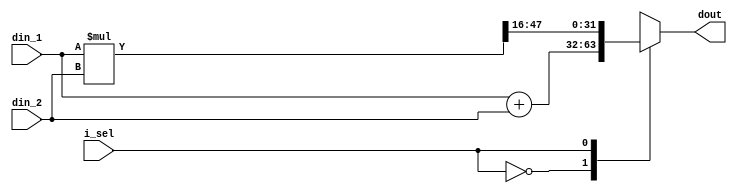
module fp_operator #(
    parameter DATA_WIDTH = 32, // Width of the input data
    parameter FRACTIONAL_BITS = 16 // Number of fractional bits in the fixed-point representation
)(
    input wire signed [DATA_WIDTH-1:0] din_1,
    input wire signed [DATA_WIDTH-1:0] din_2,
    input wire i_sel,       // Selection signal for operation: 0 for addition, 1 for multiplication
    
    output reg signed [DATA_WIDTH-1:0] dout
);

    // Temporary variable to store the 64-bit extended result for fixed-point multiplication
    reg signed [2*DATA_WIDTH-1:0] mult_result;
    
    always @(*) begin
        case(i_sel)
            1'b0: dout = din_1 + din_2; // Fixed-point addition
            1'b1: begin
                // Extend to 2*DATA_WIDTH bits for multiplication
                mult_result = din_1 * din_2;
                
                // Adjust result by shifting right by the number of fractional bits (Q format)
                dout = mult_result >>> FRACTIONAL_BITS; // '>>>' is an arithmetic shift
            end
            default: dout = {DATA_WIDTH{1'b0}}; // Undefined operation (Prevents latch inference)
        endcase
    end

endmodule